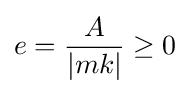
e={\frac {A}{\left|mk\right|}}\geq 0